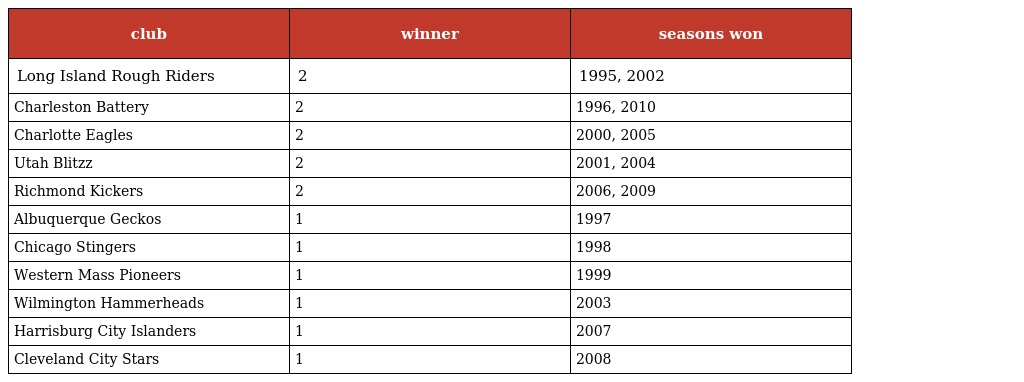
| club | winner | seasons won |
 | --- | --- | --- |
 | Long Island Rough Riders | 2 | 1995, 2002 |
 | Charleston Battery | 2 | 1996, 2010 |
 | Charlotte Eagles | 2 | 2000, 2005 |
 | Utah Blitzz | 2 | 2001, 2004 |
 | Richmond Kickers | 2 | 2006, 2009 |
 | Albuquerque Geckos | 1 | 1997 |
 | Chicago Stingers | 1 | 1998 |
 | Western Mass Pioneers | 1 | 1999 |
 | Wilmington Hammerheads | 1 | 2003 |
 | Harrisburg City Islanders | 1 | 2007 |
 | Cleveland City Stars | 1 | 2008 |